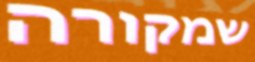
שמקורה